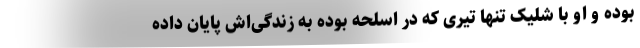
بوده و او با شلیک تنها تیری که در اسلحه بوده به زندگی‌اش پایان داده